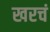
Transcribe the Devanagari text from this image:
खरचं